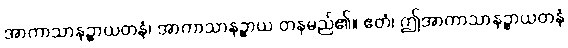
အာကာသာနဉ္စာယတနံ၊ အာကာသာနဉ္စာယ တနမည်၏။ ဧတံ၊ ဤအာကာသာနဉ္စာယတနံ